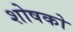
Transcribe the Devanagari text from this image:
शोषको